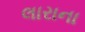
લારાના